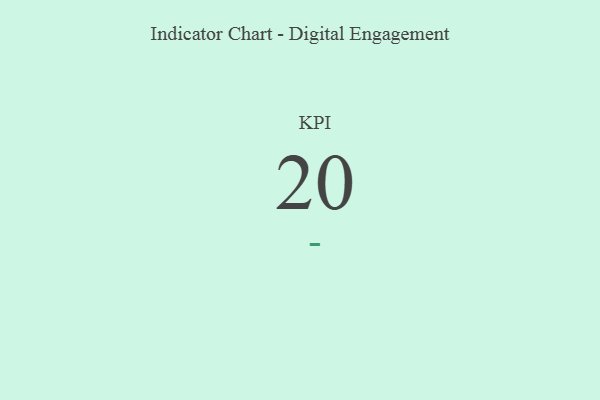
{"axis": {"x": "KPI", "y": "Value"}, "legend": [""], "data": [{"x": "KPI", "y": 20, "type": ""}]}